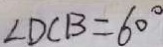
\angle D C B = 6 0 ^ { \circ }